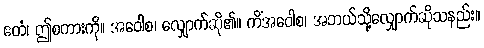
ဧတံ၊ ဤစကားကို။ အဝေါစ၊ လျှောက်ဆို၏။ ကိံအဝေါစ၊ အဘယ်သို့လျှောက်ဆိုသနည်း။